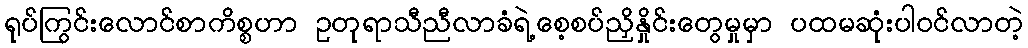
ရုပ်ကြွင်းလောင်စာကိစ္စဟာ ဥတုရာသီညီလာခံရဲ့စေ့စပ်ညှိနှိုင်းတွေမှုမှာ ပထမဆုံးပါဝင်လာတဲ့